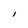
Character: l